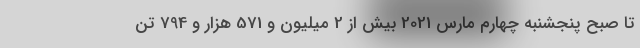
تا صبح پنجشنبه چهارم مارس 2021 بیش از 2 میلیون و 571 هزار و 794 تن